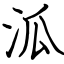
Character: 泒